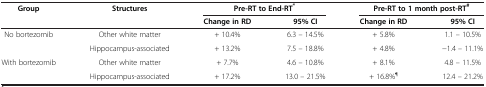
<table><thead><tr><td><b>Group</b></td><td><b>Structures</b></td><td colspan="2"><b>Pre-RT to End-RT<sup>*</sup></b></td><td colspan="2"><b>Pre-RT to 1 month post-RT<sup>#</sup></b></td></tr><tr><td><b> </b></td><td><b> </b></td><td><b>Change in RD</b></td><td><b>95% CI</b></td><td><b>Change in RD</b></td><td><b>95% CI</b></td></tr></thead><tbody><tr><td>No bortezomib</td><td>Other white matter</td><td>+ 10.4%</td><td>6.3 – 14.5%</td><td>+ 5.8%</td><td>1.1 – 10.5%</td></tr><tr><td> </td><td>Hippocampus-associated</td><td>+ 13.2%</td><td>7.5 – 18.8%</td><td>+ 4.8%</td><td>−1.4 – 11.1%</td></tr><tr><td>With bortezomib</td><td>Other white matter</td><td>+ 7.7%</td><td>4.6 – 10.8%</td><td>+ 8.1%</td><td>4.8 – 11.5%</td></tr><tr><td> </td><td>Hippocampus-associated</td><td>+ 17.2%</td><td>13.0 – 21.5%</td><td>+ 16.8%<sup>¶</sup></td><td>12.4 – 21.2%</td></tr></tbody></table>